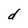
Character: d